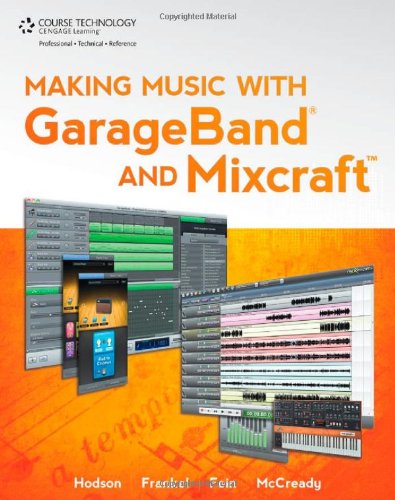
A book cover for Making Music with GarageBand and Mixcraft; Robin Hodson; Arts & Photography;